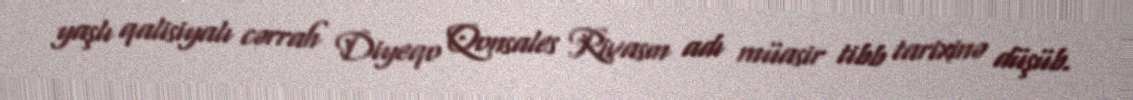
yaşlı qalisiyalı cərrah Diyeqo Qonsales Rivasın adı müasir tibb tarixinə düşüb.